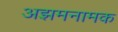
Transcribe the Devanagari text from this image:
अझमनामक